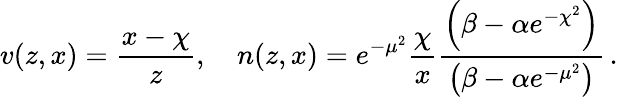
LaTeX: v(z,x)=\frac{x-\chi}{z},\quad n(z,x)=e^{-\mu^{2}}\frac{\chi}{x}\frac{\left(\beta-\alpha e^{-\chi^{2}}\right)}{\left(\beta-\alpha e^{-\mu^{2}}\right)}\, .